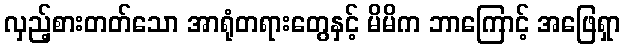
လှည့်စားတတ်သော အာရုံတရားတွေနှင့် မိမိက ဘာကြောင့် အဖြေရှာ